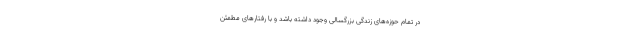
در تمام حوزه‌های زندگی بزرگسالی وجود داشته باشد و با رفتارهای مطمئن